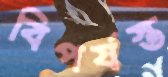
বিপর্যস্ত